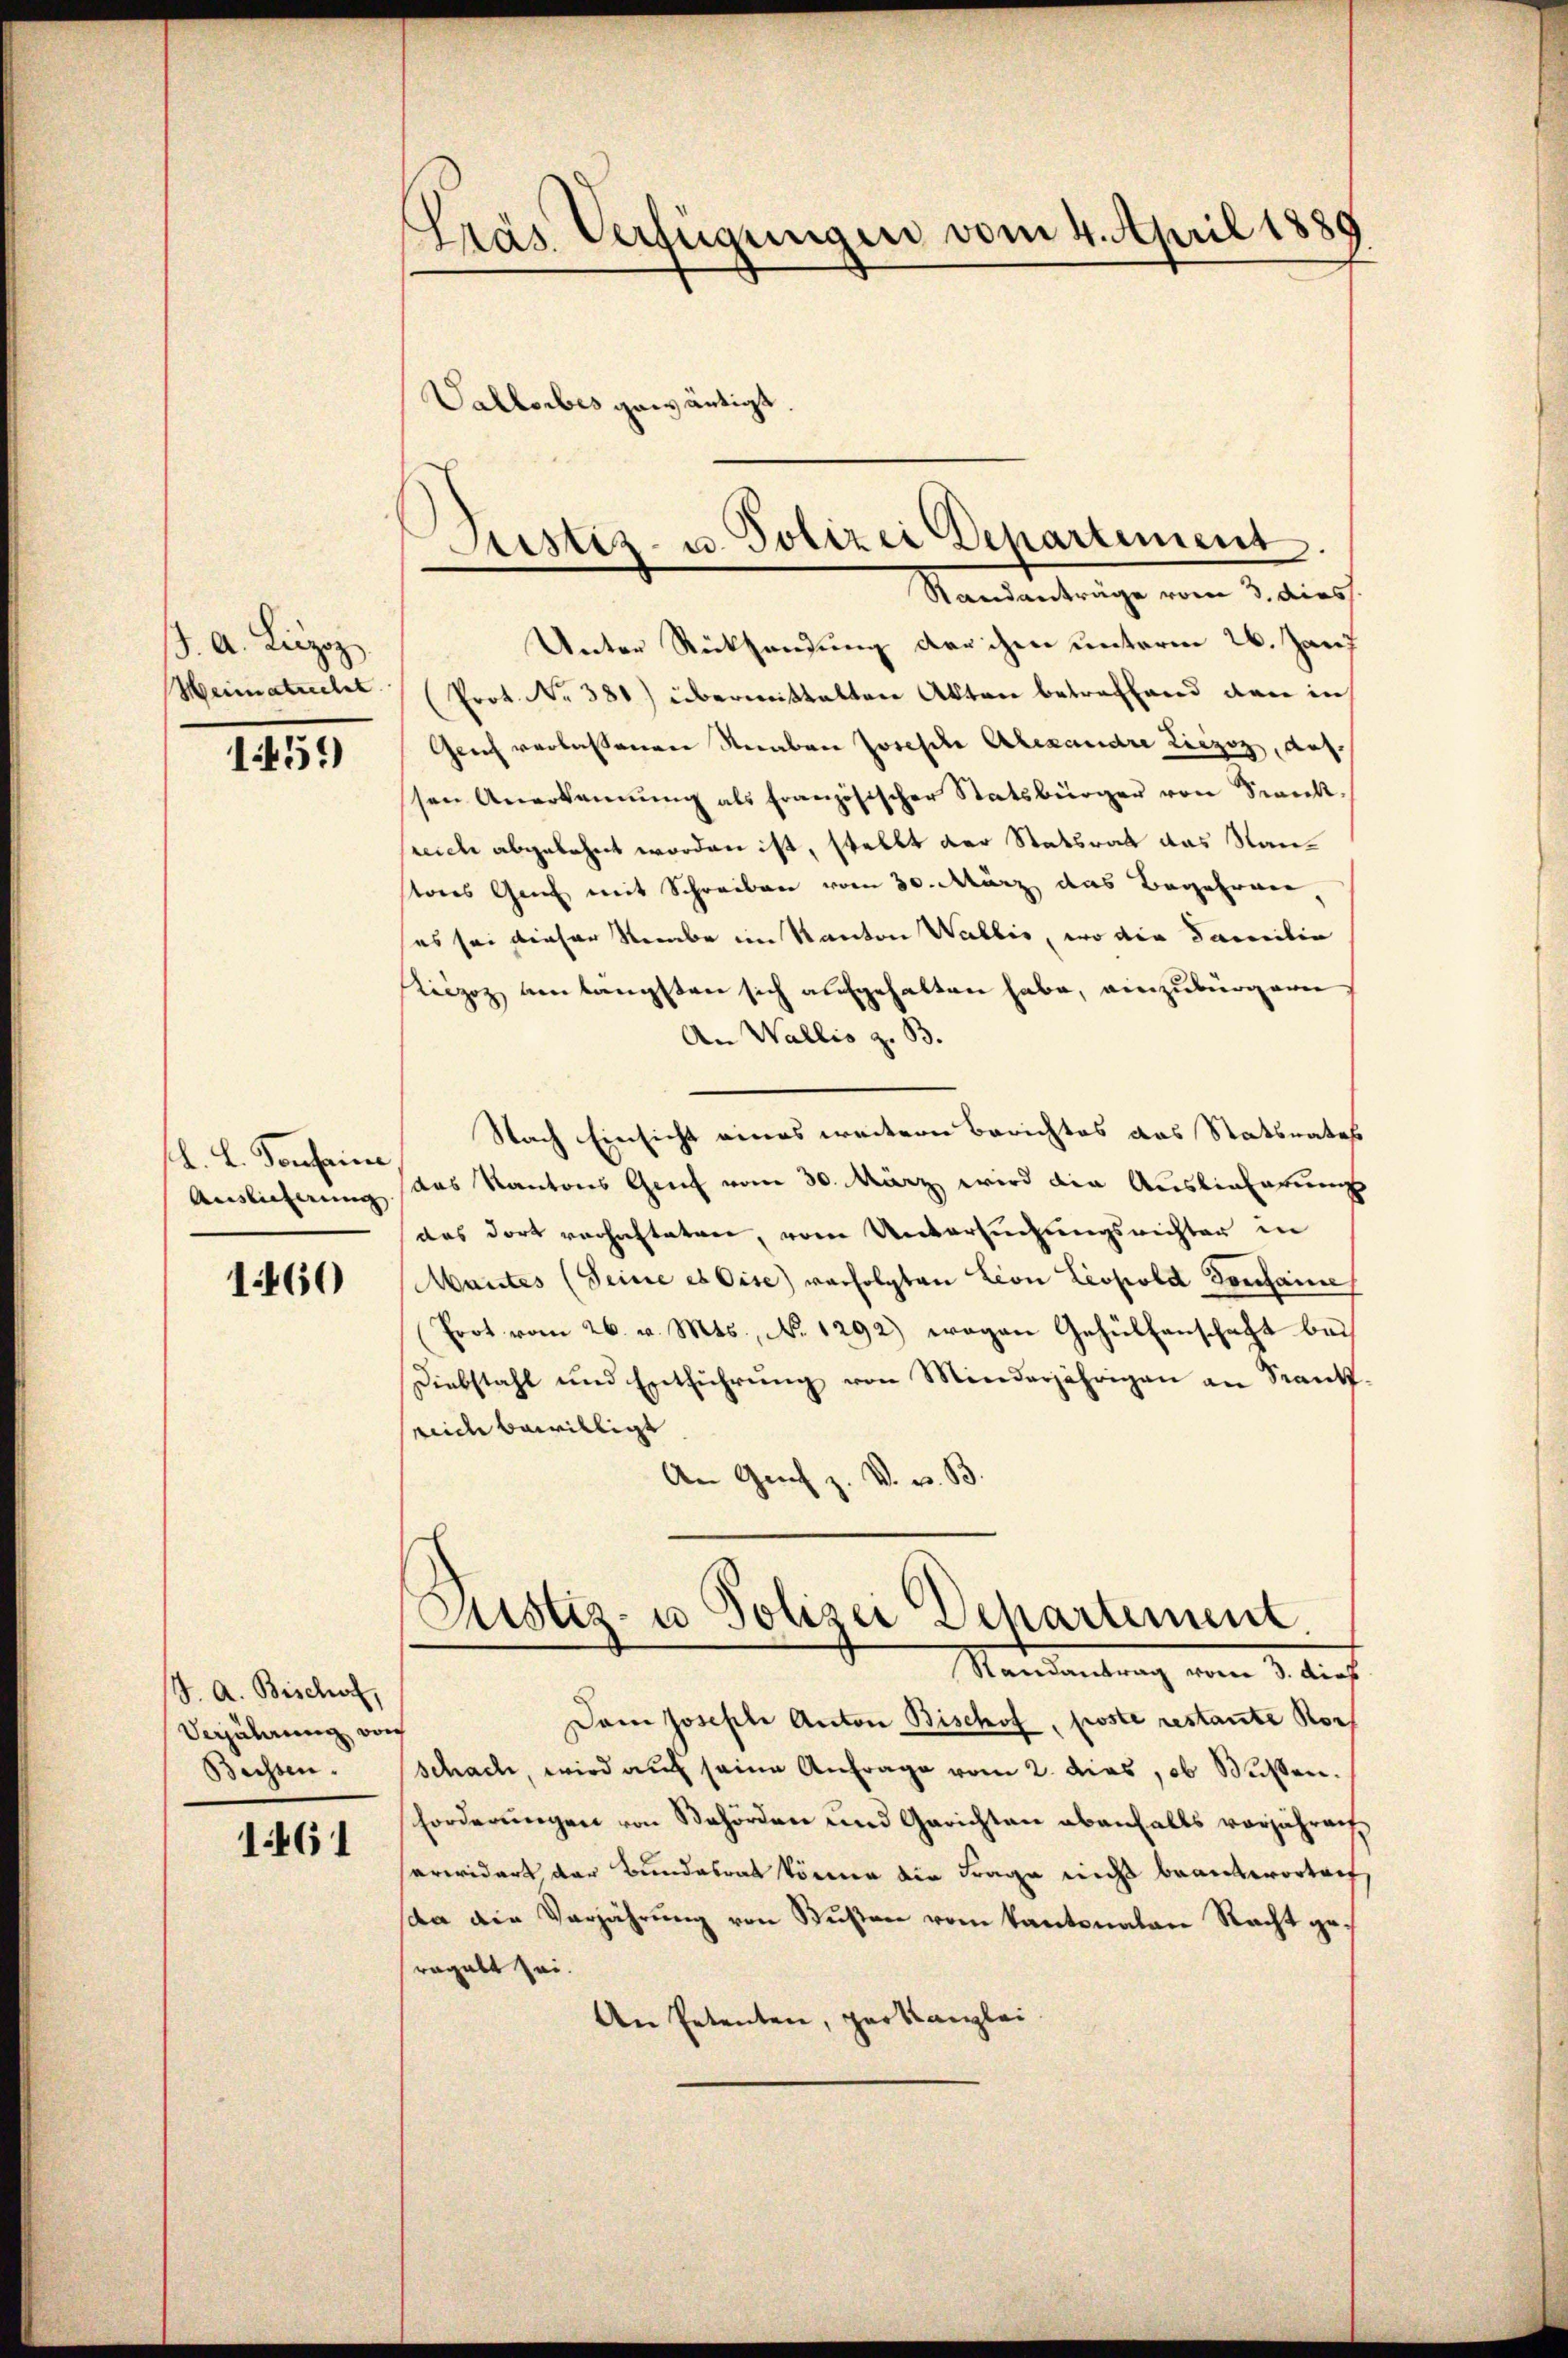
J. A. Liezog
Weimatrecht.

1459)

M. L. Conseine
Auslieferung

1460

J. A. Beschof,
Verjährung von
Bessen.

1461

Pras Verfügungen vom 4. April 1889
Vallorbes gewärtigt.

Unter Rücksendung derchen unterm 26. Jani
(Prot. No 381) übermittalten Akten betreffend den in
Gleich verlassenen Knaben Josesche Alexandre Liezoz, ausssen Anerkennung als französischer Statsbürger von Seeckt,
sreiche abgelehnt worden ist, stellt der Statsrat das Nantores Genf mit Schreiben vom 30. März das Begehren,
es sei dieser Nombe im Kanton Wallis, wo die Familie
Leizoz am längsten sich aufgehalten habe, einzubürgern
An Wallis z. B.
Nach Einsicht eines weitern Berichtes das Statsnatus
das Kantons Genf vom 30. März wird die Auslieferung
das dort verhafteten, vom Untersuchungsrichter in
Mantes (Seine es Oese) verfolgten Lion Leopold Sontaine
(Prot vom 26. v. Mts., N. 1292) wegen Gehülfenschaft bei
Diebstahl und Entführŭng von Minderjährigen an Sant-
seine bewilligt
An Genf z. V. v. B.
Justiz- u Polizei Dehartement
Mandantung vom 1. Auf
Dem Joseph Anton Bischof, froste restante Rorschach, wird aŭf seine Anfrage vom 2. das, ob Müssen.
forderŭngen von Behörden und Gerichten ebenfalls vorjähren
erwidert, der Bundesrat könne die Frage nicht beanterorten
da die Verjährung von Bußen vom Kantonalen Recht geragalt sei.
An Petenten, parkanzlei.

Justiz- u. Polizei Departement.
Standanträge vom 3. dies